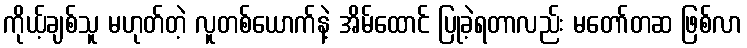
ကိုယ့်ချစ်သူ မဟုတ်တဲ့ လူတစ်ယောက်နဲ့ အိမ်ထောင် ပြုခဲ့ရတာလည်း မတော်တဆ ဖြစ်လာ